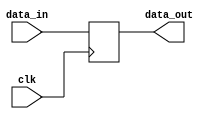
module bypass_register(
    input wire clk,
    input wire [3:0] data_in,
    output reg [3:0] data_out
);

// Timing control and synchronization logic
always @(posedge clk) begin
    data_out <= data_in;
end

endmodule